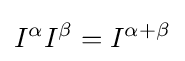
I^{\alpha }I^{\beta }=I^{\alpha +\beta }